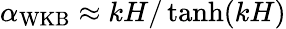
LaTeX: {\alpha_{\mathrm{WKB}}\approx kH/\operatorname{tanh}(kH)}